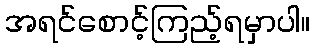
အရင်စောင့်ကြည့်ရမှာပါ။